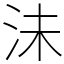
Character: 沬